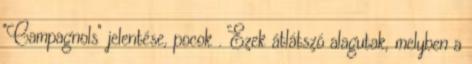
"Campagnols" jelentése, pocok . Ezek átlátszó alagutak, melyben a